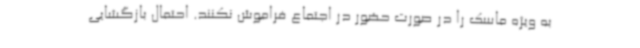
به ویژه ماسک را در صورت حضور در اجتماع فراموش نکنند. احتمال بازگشایی